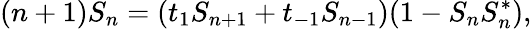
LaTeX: (n+1)S_{n}=(t_{1}S_{n+1}+t_{-1}S_{n-1})(1-S_{n}S_{n}^{*}),